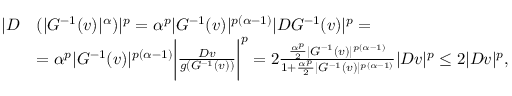
\begin{array} { r l } { | D } & { ( | G ^ { - 1 } ( v ) | ^ { \alpha } ) | ^ { p } = \alpha ^ { p } | G ^ { - 1 } ( v ) | ^ { p ( \alpha - 1 ) } | D G ^ { - 1 } ( v ) | ^ { p } = } \\ & { = \alpha ^ { p } | G ^ { - 1 } ( v ) | ^ { p ( \alpha - 1 ) } \biggl | \frac { D v } { g ( G ^ { - 1 } ( v ) ) } \biggr | ^ { p } = 2 \frac { \frac { \alpha ^ { p } } { 2 } | G ^ { - 1 } ( v ) | ^ { p ( \alpha - 1 ) } } { 1 + \frac { \alpha ^ { p } } { 2 } | G ^ { - 1 } ( v ) | ^ { p ( \alpha - 1 ) } } | D v | ^ { p } \le 2 | D v | ^ { p } , } \end{array}